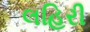
લહિરી